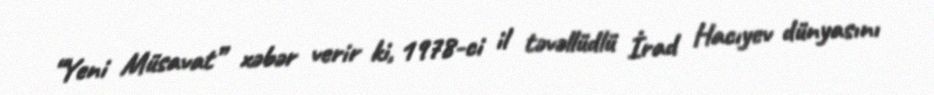
“Yeni Müsavat” xəbər verir ki, 1978-ci il təvəllüdlü İrad Hacıyev dünyasını